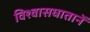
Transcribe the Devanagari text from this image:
विश्वासघातानें